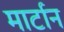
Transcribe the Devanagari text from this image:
मार्टान